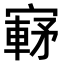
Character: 𫴀